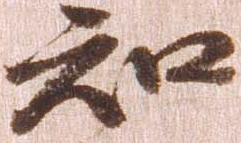
知